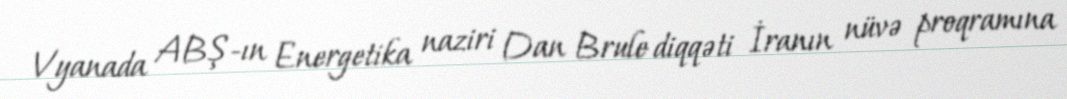
Vyanada ABŞ-ın Energetika naziri Dan Brule diqqəti İranın nüvə proqramına